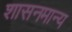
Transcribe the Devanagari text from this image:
शासनमान्‍य